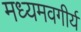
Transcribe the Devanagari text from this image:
मध्यमवगीर्य